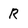
Character: R